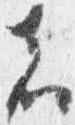
者